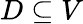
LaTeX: D\subseteq V